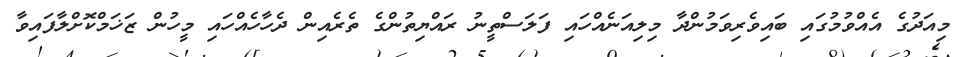
މިއަދުގެ އެއްވުމުގައި ބައިވެރިވަމުންދާ މިލިއަނެއްހައި ފަލަސްތީނު ރައްޔިތުންގެ ތެރެއިން ދެހާހެއްހައި މީހުން ޒަޚަމްކޮށްލާފައިވާ